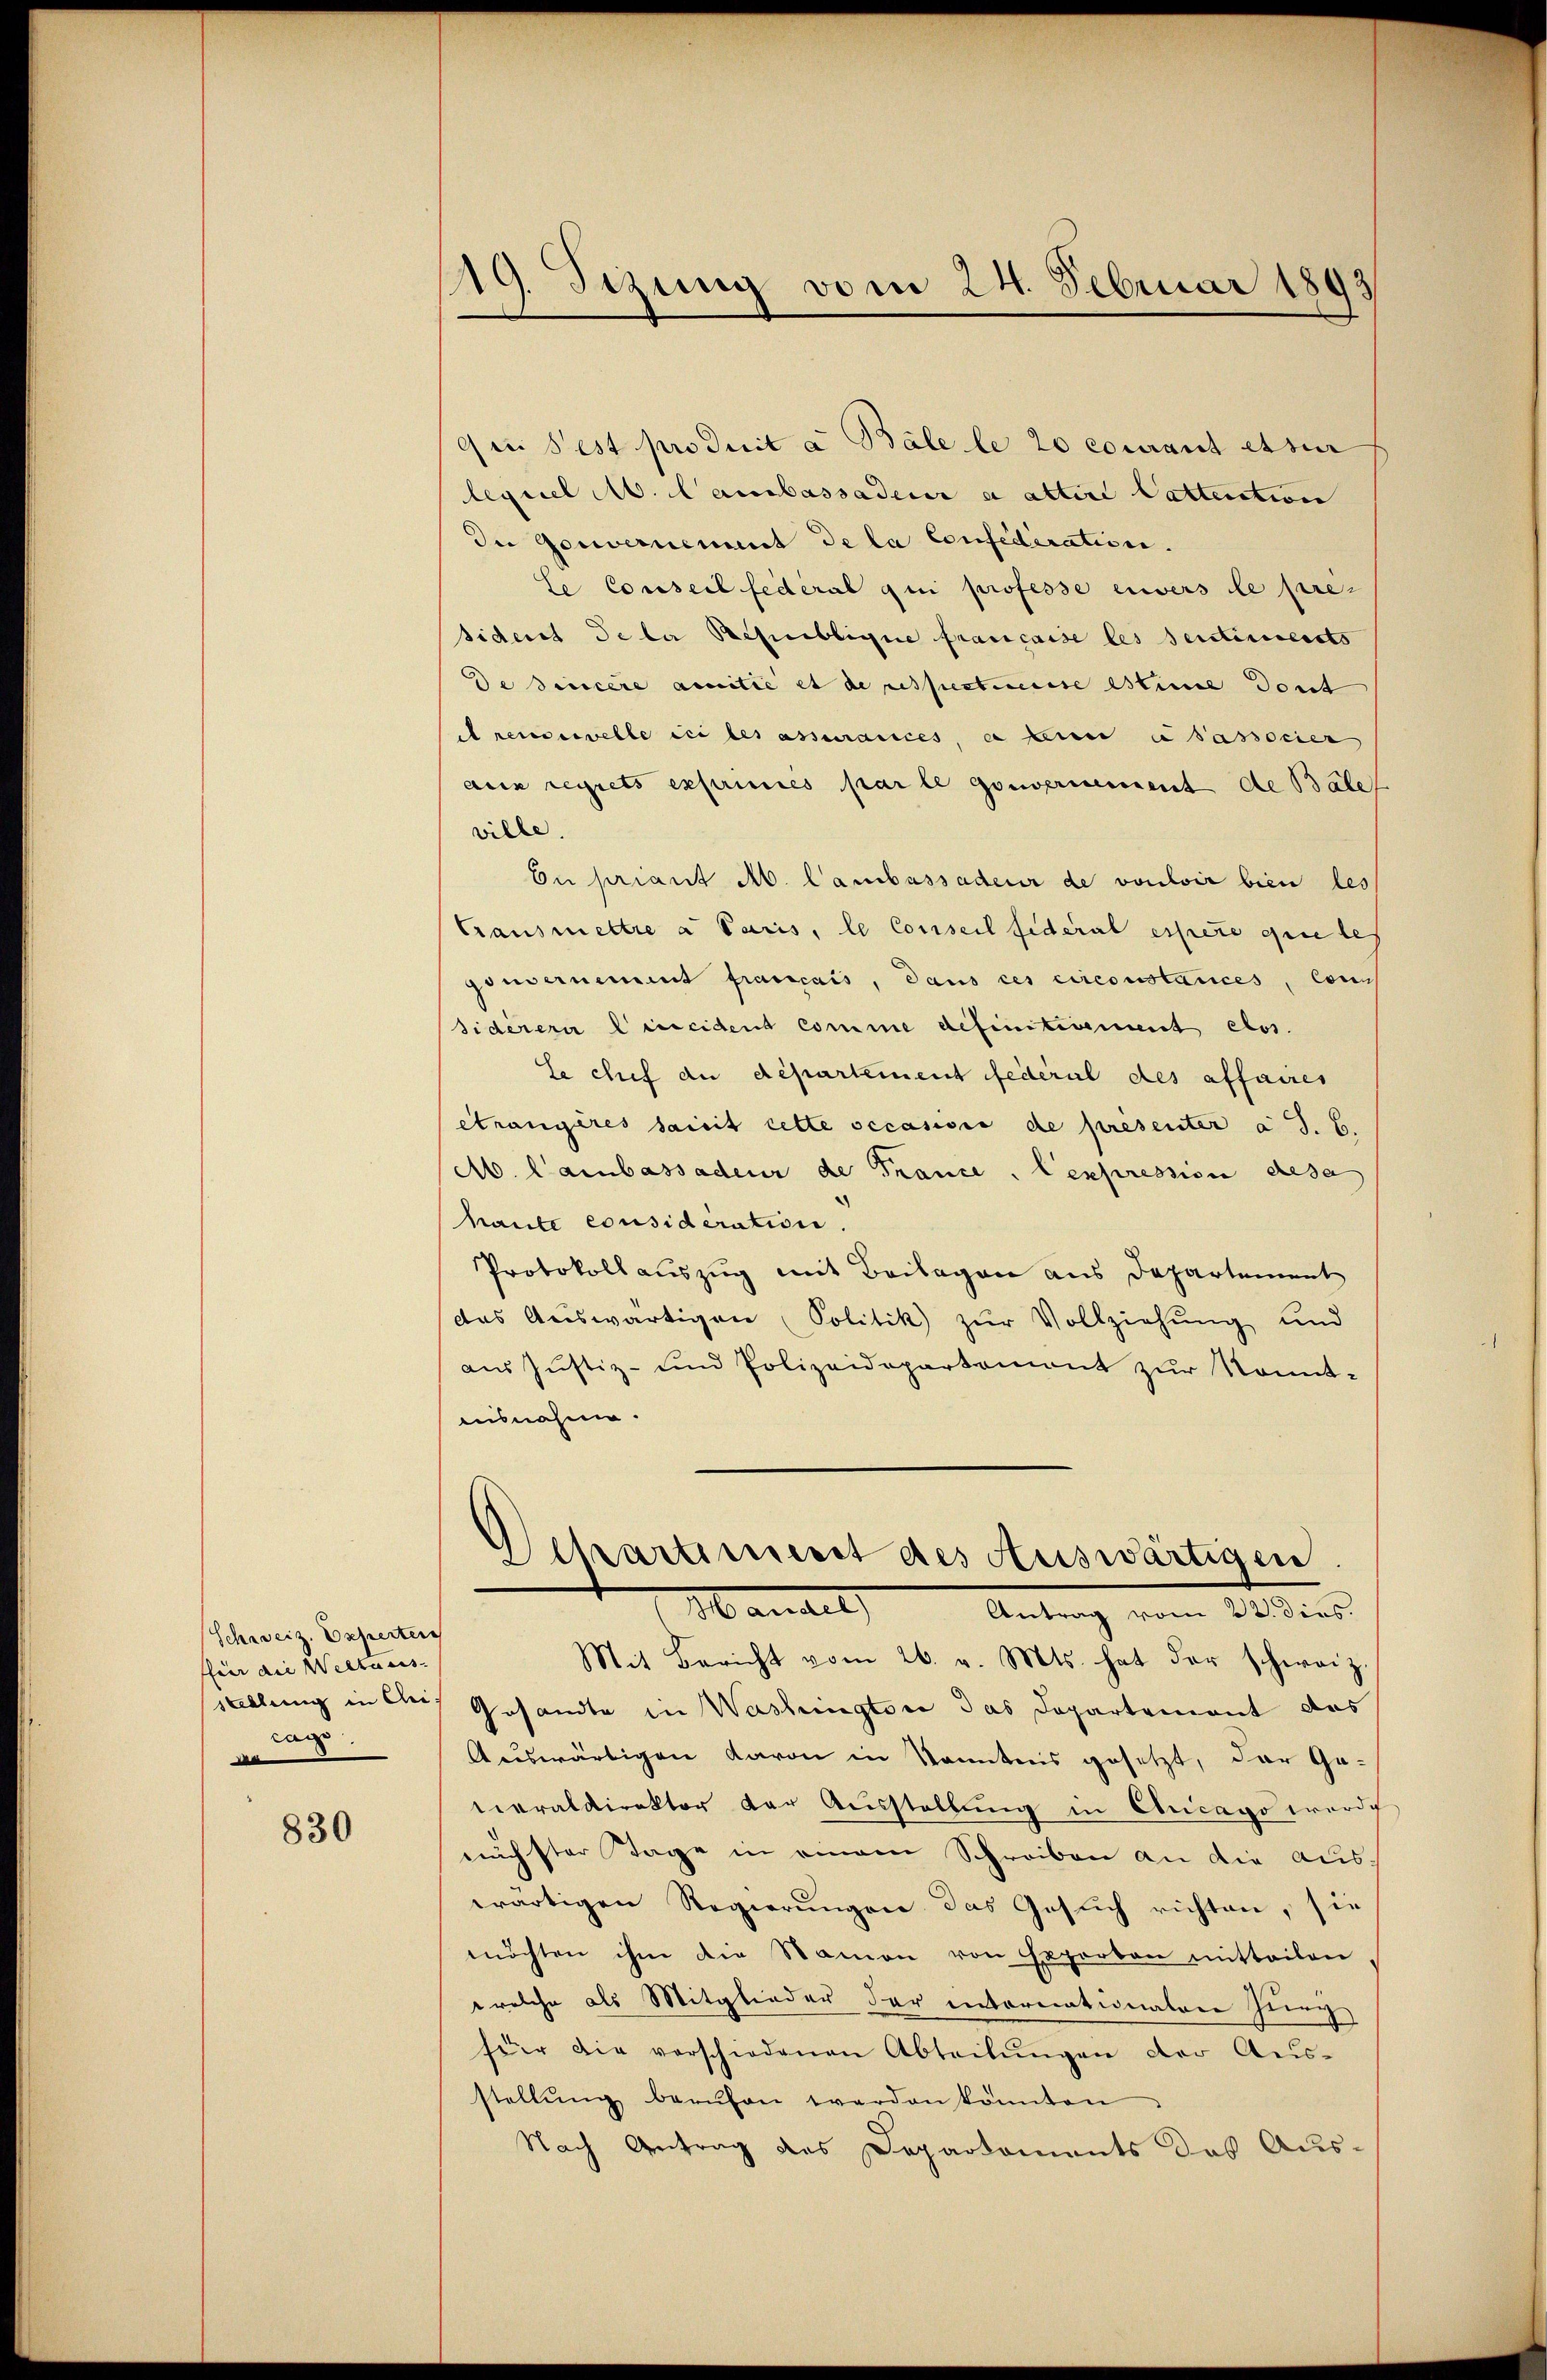
Schweiz. Experten
für an Weltaus
cags

830

19. Sitzung vom 24. Februar 1893

9 u. Pest produit a Bále le 20 courant es zur
lequel A. Cambassadeur a attire Cattention
In Gouvernement de la Confederation.
le Conseil fédéral qui professe einers le pre-
sident Peter Republique francaise les sentinuersto
de sincère ammitie et de respectorise estime dont
dreuervelle ici les assurances, a deiner u Sassocier
aus regnets exprimes par le gouvernement de Bäle
ville.
Dn priant M. Cambassadeur de vouloir bien les
Transmettre a Paris, le Conseil fideral essere que les
gonsernement français, dans ces circonstances, cons
sidèrera lineident comme definitivement etos.
Se chef du département fédéral des affaires
étrangères sait cette occasione de présenter a d. 6.
A. Cambassadeur de Trance. Cexpression eresa
haute considération.
Protokollauszug mit Beilagen aus Departement
(das Aŭswärtigen Politik zŭr Vollziehŭng und
aus Justiz- und Polizeidepartament zur Sonnt-
aisnahme.
Departement des Auswärtigen.
Mandel
Antrag vom 22. dies.
Mit Bericht vom 26. v. Mts. hat der schweiz.
wallung in das Gesandte in Washingter das Departement das
Auswärtigen davon in Kenntnis gesetzt, der Geteraldirektor der Ausstellung in Chicago werde
nächster Tage in einem Schreiben an die auswärtigen Regierungen das Gesuch richten, sie
möchten ihm die Namen von Exporton mitteilen
welche als Mitglieder der internationalver Jung
für die verschiedenen Abteilŭngen der Ausstellŭng berŭfen werden könnten
Nach Antrag des Deparkoments des Aus-